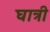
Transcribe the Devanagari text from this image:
घात्री